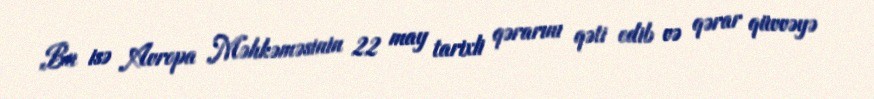
Bu isə Avropa Məhkəməsinin 22 may tarixli qərarını qəti edib və qərar qüvvəyə